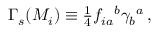
\Gamma _ { s } ( M _ { i } ) \equiv { \textstyle \frac { 1 } { 4 } } f _ { i a } { } ^ { b } \gamma _ { b } { } ^ { a } \, ,